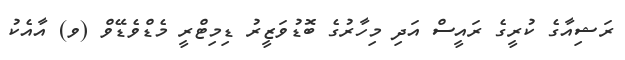
ރަޝިއާގެ ކުރީގެ ރައީސް އަދި މިހާރުގެ ބޮޑުވަޒީރު ޑިމިޓްރީ މެޑްވެޑޭވް (ވ) އާއެކު